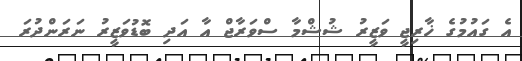
އެ ގައުމުގެ ޚާރިޖީ ވަޒީރު ޝުޝްމާ ސްވަރާޖް އާ އަދި ބޮޑުވަޒީރު ނަރަންދުރަ